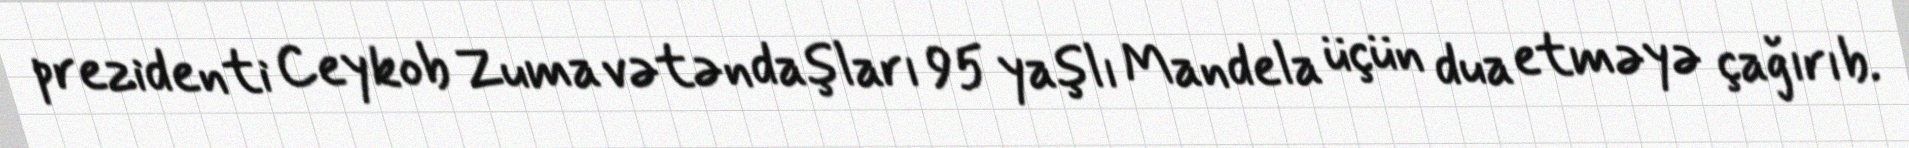
prezidenti Ceykob Zuma vətəndaşları 95 yaşlı Mandela üçün dua etməyə çağırıb.